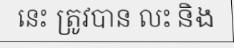
នេះ ត្រូវបាន លះ និង